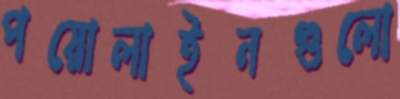
পয়োলাইনগুলো